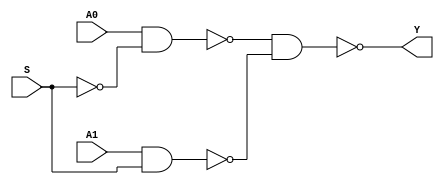
`timescale 1ns / 1ps
//////////////////////////////////////////////////////////////////////////////////
// Company: 
// Engineer: 
// 
// Design Name: 
// Module Name: MUX2X1
// Project Name: 
// Target Devices: 
// Tool Versions: 
// Description: 
// 
// Dependencies: 
// 
// Revision:
// Revision 0.01 - File Created
// Additional Comments:
// 
//////////////////////////////////////////////////////////////////////////////////


module MUX2X1(A0,A1,S,Y);
    input A0,A1,S;
    output Y;
    not i0(S_n,S);
    nand i1(A0_S,A0,S_n);
    nand i2(A1_S,A1,S);
    nand i3(Y,A0_S,A1_S);
endmodule